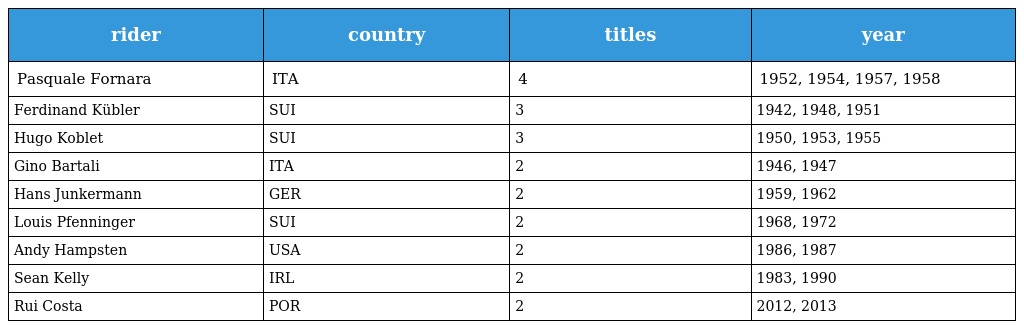
| rider | country | titles | year |
 | --- | --- | --- | --- |
 | Pasquale Fornara | ITA | 4 | 1952, 1954, 1957, 1958 |
 | Ferdinand Kübler | SUI | 3 | 1942, 1948, 1951 |
 | Hugo Koblet | SUI | 3 | 1950, 1953, 1955 |
 | Gino Bartali | ITA | 2 | 1946, 1947 |
 | Hans Junkermann | GER | 2 | 1959, 1962 |
 | Louis Pfenninger | SUI | 2 | 1968, 1972 |
 | Andy Hampsten | USA | 2 | 1986, 1987 |
 | Sean Kelly | IRL | 2 | 1983, 1990 |
 | Rui Costa | POR | 2 | 2012, 2013 |